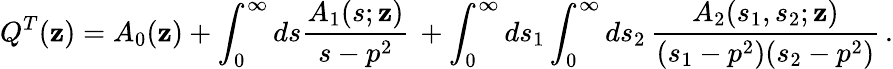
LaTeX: Q^{T}(\mathbf{z})=A_{0}(\mathbf{z})+\int_{0}^{\infty}ds\frac{{A_{1}(s;\mathbf{z})}}{{s-p^{2}}}\, +\int_{0}^{\infty}ds_{1}\int_{0}^{\infty}ds_{2}\, \frac{{A_{2}(s_{1},s_{2};\mathbf{z})}}{{(s_{1}-p^{2})(s_{2}-p^{2})}}\, .